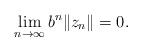
LaTeX: \begin{align*}\lim_{n\to\infty} b^n \|z_n\|=0.\end{align*}